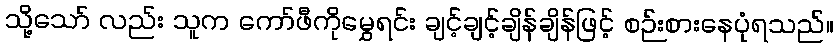
သို့သော် လည်း သူက ကော်ဖီကိုမွှေရင်း ချင့်ချင့်ချိန်ချိန်ဖြင့် စဉ်းစားနေပုံရသည်။